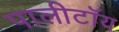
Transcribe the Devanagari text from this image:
पालीटॉय